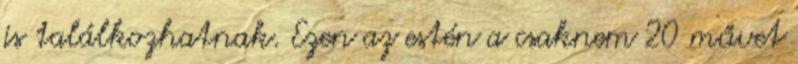
is találkozhatnak. Ezen az estén a csaknem 20 művet